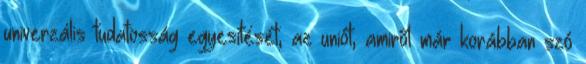
univerzális tudatosság egyesítését, az uniót, amiről már korábban szó